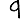
Digit: 9